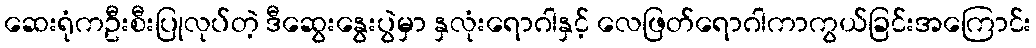
ဆေးရုံကဦးစီးပြုလုပ်တဲ့ ဒီဆွေးနွေးပွဲမှာ နှလုံးရောဂါနှင့် လေဖြတ်ရောဂါကာကွယ်ခြင်းအကြောင်း